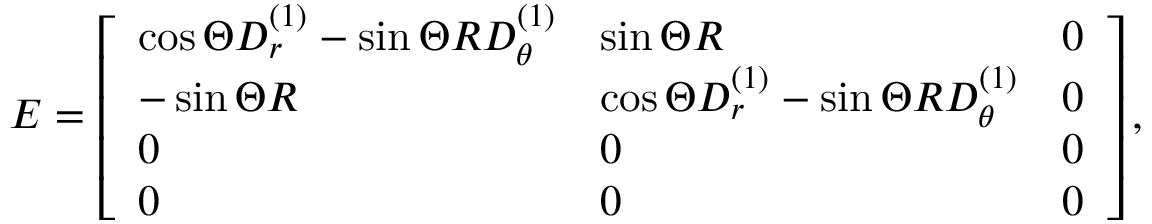
E = \left[ \begin{array} { l l l } { \cos { \Theta } D _ { r } ^ { ( 1 ) } - \sin { \Theta } R D _ { \theta } ^ { ( 1 ) } } & { \sin { \Theta } R } & { 0 } \\ { - \sin { \Theta } R } & { \cos { \Theta } D _ { r } ^ { ( 1 ) } - \sin { \Theta } R D _ { \theta } ^ { ( 1 ) } } & { 0 } \\ { 0 } & { 0 } & { 0 } \\ { 0 } & { 0 } & { 0 } \end{array} \right] ,